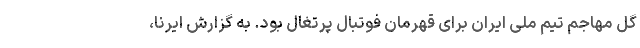
گل مهاجم تیم ملی ایران برای قهرمان فوتبال پرتغال بود. به گزارش ایرنا،